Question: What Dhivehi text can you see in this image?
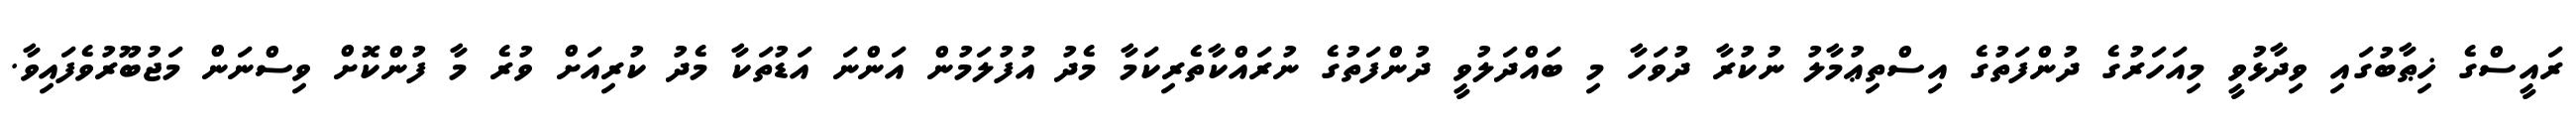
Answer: ރައީސްގެ ޚިޠާބުގައި ވިދާޅުވީ މިއަހަރުގެ ދުންފަތުގެ އިސްތިޢުމާލު ނުކުރާ ދުވަހާ މި ބައްދަލުވީ ދުންފަތުގެ ނުރައްކާތެރިކަމާ މެދު އުފުލަމުން އަންނަ އަޑުތަކާ މެދު ކުރިއަށް ވުރެ މާ ފުންކޮށް ވިސްނަން މަޖުބޫރުވެފައިވާ.